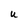
Character: U